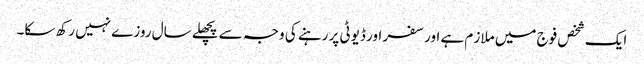
ایک شخص فوج میں ملاز م ہے اور سفر اور ڈیوٹی پر رہنے کی وجہ سے پچھلے سال روزے نہیں رکھ سکا۔